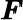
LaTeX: {\pmb F}